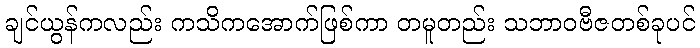
ချင်ယွန်ကလည်း ကသိကအောက်ဖြစ်ကာ တမူတည်း သဘာဝဗီဇတစ်ခုပင်